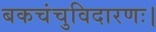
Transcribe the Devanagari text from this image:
बकचंचुविदारणः।